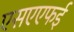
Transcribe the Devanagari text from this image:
एसएएफई